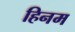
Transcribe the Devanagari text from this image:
हिनम